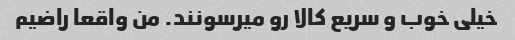
خیلی خوب و سریع کالا رو میرسونند. من واقعا راضیم